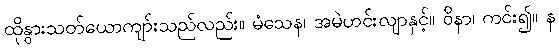
ထိုနွားသတ်ယောကျာ်းသည်လည်း။ မံသေန၊ အမဲဟင်းလျာနှင့်။ ဝိနာ၊ ကင်း၍။ န